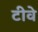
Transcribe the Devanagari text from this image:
टीवे